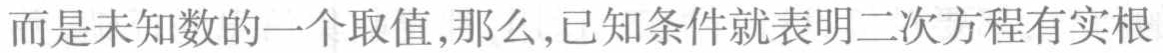
而是未知数的一个取值,那么,已知条件就表明二次方程有实根